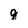
Character: g